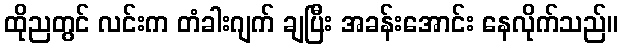
ထိုညတွင် လင်းက တံခါးဂျက် ချပြီး အခန်းအောင်း နေလိုက်သည်။